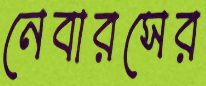
নেবারসের